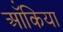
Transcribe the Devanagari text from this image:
ऑंकिया